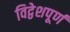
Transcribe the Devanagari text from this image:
विद्वेशपूर्ण